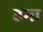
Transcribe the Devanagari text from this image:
ढगा